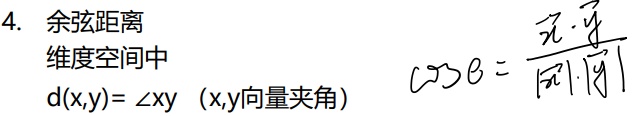
4. 余弦距离
维度空间中
$d(x,y)=\angle xy$ ($x,y$向量夹角)
$\cos\theta = \frac{\vec{x}\cdot\vec{y}}{\vert\vec{x}\vert\cdot\vert\vec{y}\vert}$